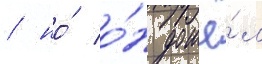
/ но́ о́н дошё́л